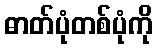
ဓာတ်ပုံတစ်ပုံကို